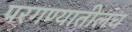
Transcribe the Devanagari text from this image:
परगण्यातीलच